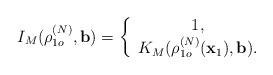
LaTeX: \begin{align*}I_{M}(\rho _{1o}^{(N)},\mathbf{b})=\left\{\begin{array}{c}1, \\K_{M}(\rho _{1o}^{(N)}(\mathbf{x}_{1}),\mathbf{b}).\end{array}\right. \end{align*}